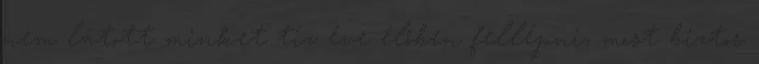
nem látott minket tíz éve élőben fellépni, most biztos